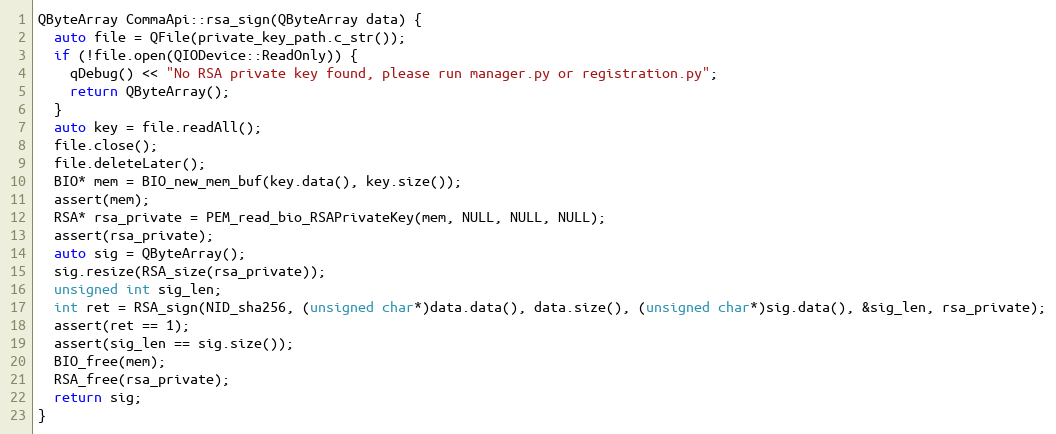
Language: C++
QByteArray CommaApi::rsa_sign(QByteArray data) {
  auto file = QFile(private_key_path.c_str());
  if (!file.open(QIODevice::ReadOnly)) {
    qDebug() << "No RSA private key found, please run manager.py or registration.py";
    return QByteArray();
  }
  auto key = file.readAll();
  file.close();
  file.deleteLater();
  BIO* mem = BIO_new_mem_buf(key.data(), key.size());
  assert(mem);
  RSA* rsa_private = PEM_read_bio_RSAPrivateKey(mem, NULL, NULL, NULL);
  assert(rsa_private);
  auto sig = QByteArray();
  sig.resize(RSA_size(rsa_private));
  unsigned int sig_len;
  int ret = RSA_sign(NID_sha256, (unsigned char*)data.data(), data.size(), (unsigned char*)sig.data(), &sig_len, rsa_private);
  assert(ret == 1);
  assert(sig_len == sig.size());
  BIO_free(mem);
  RSA_free(rsa_private);
  return sig;
}